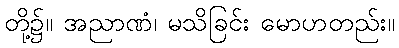
တို့၌။ အညာဏံ၊ မသိခြင်း မောဟတည်း။